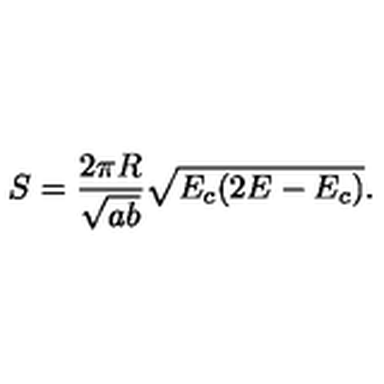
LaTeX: S = \frac { 2 \pi R } { \sqrt { a b } } \sqrt { E _ { c } ( 2 E - E _ { c } ) } .